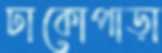
ঢাকোপাড়া